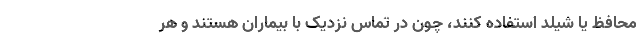
محافظ یا شیلد استفاده کنند، چون در تماس نزدیک با بیماران هستند و هر